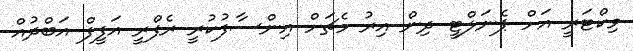
ވިކްޓަރީ އަށް ޕެނަލްޓީ ދިން އިރު މެޗަށް އިންސާފުކުރީ ރެފްރީ އަފީފް އަބްދުއް